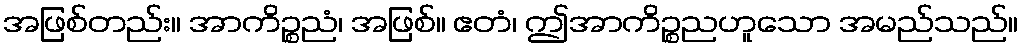
အဖြစ်တည်း။ အာကိဉ္စညံ၊ အဖြစ်။ ဧတံ၊ ဤအာကိဉ္စညဟူသော အမည်သည်။